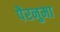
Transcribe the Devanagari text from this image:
पैरनुमा